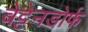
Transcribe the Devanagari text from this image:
बेट्टेनडोर्फ